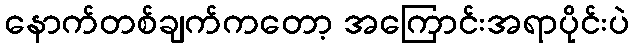
နောက်တစ်ချက်ကတော့ အကြောင်းအရာပိုင်းပဲ